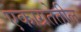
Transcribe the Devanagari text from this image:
एकाग्रतेतील